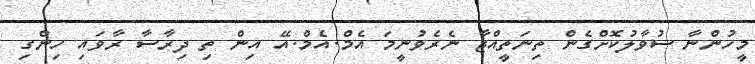
މީހުންނާ ސުވާލުކޮށްގެން ތިނަތީއްޖާ ނެރެވުނީމަ އެމް.އެމް.އޭ އިން ތި ދިރާސާ ރާވައި ހިންގި